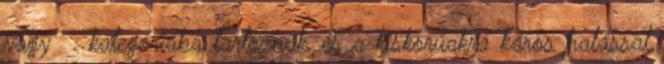
vagy Ⅵ. kategóriába tartoznak, és a kiskorúakra káros hatással